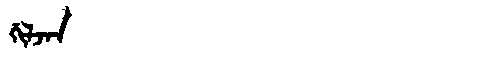
Manchu: ᡤᡳᠯᠵᠠᠨ
Romanization: GILJAN